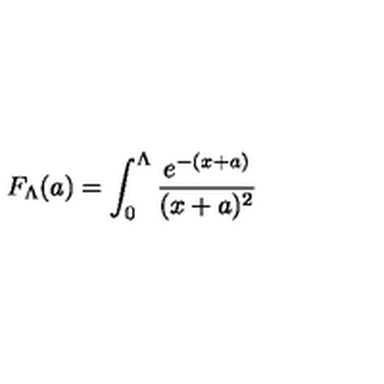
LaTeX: F _ { \Lambda } ( a ) = \int _ { 0 } ^ { \Lambda } \frac { e ^ { - ( x + a ) } } { ( x + a ) ^ { 2 } }